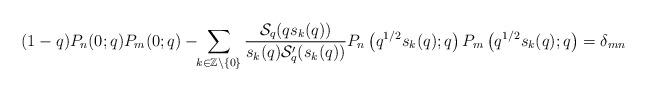
LaTeX: \begin{align*} (1-q)P_{n}(0;q)P_{m}(0;q)-\!\!\sum_{k\in\mathbb{Z}\setminus\{0\}}\frac{\mathcal{S}_{q}(qs_{k}(q))}{s_{k}(q)\mathcal{S}_{q}'(s_{k}(q))} P_{n}\left(q^{1/2}s_{k}(q);q\right)P_{m}\left(q^{1/2}s_{k}(q);q\right)=\delta_{mn} \end{align*}